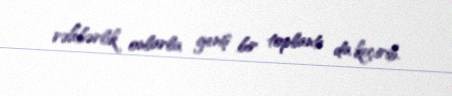
rəhbərlik onlarla geniş bir toplantı da keçirib.